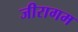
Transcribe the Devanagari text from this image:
जीरागम